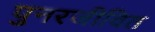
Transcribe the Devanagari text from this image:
पुनरजीवित